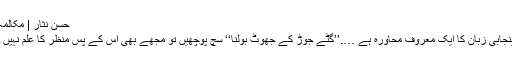
حسن نثار | مکالمہ
پنجابی زبان کا ایک معروف محاورہ ہے ….’’گٹے جوڑ کے جھوٹ بولنا‘‘ سچ پوچھیں تو مجھے بھی اس کے پس منظر کا علم نہیں ۔